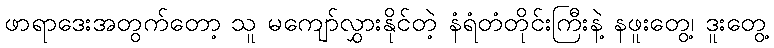
ဖာရာဒေးအတွက်တော့ သူ မကျော်လွှားနိုင်တဲ့ နံရံတံတိုင်းကြီးနဲ့ နဖူးတွေ့၊ ဒူးတွေ့